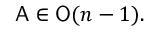
{ \mathsf { A } } \in { \mathsf { O } } ( n - 1 ) .